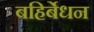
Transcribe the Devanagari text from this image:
बहिर्बेधन